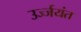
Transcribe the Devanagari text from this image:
उर्ज्जयंत